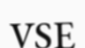
VSE